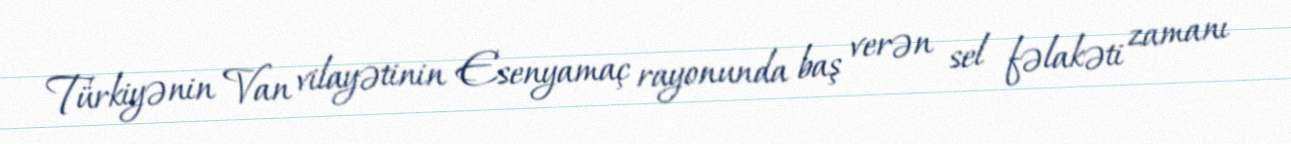
Türkiyənin Van vilayətinin Esenyamaç rayonunda baş verən sel fəlakəti zamanı